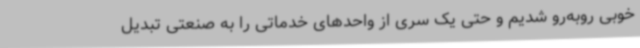
خوبی روبه‌رو شدیم و حتی یک سری از واحدهای خدماتی را به صنعتی تبدیل